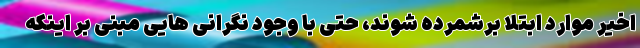
اخیر موارد ابتلا برشمرده شوند، حتی با وجود نگرانی هایی مبنی بر اینکه